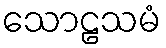
သောဠသမံ